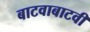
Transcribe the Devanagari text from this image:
बाटवाबाटवी